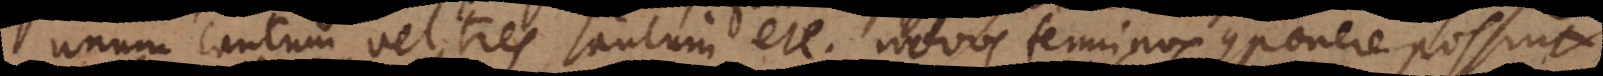
unum tantum, vel tres tantum etc. novos terminos componere possint.